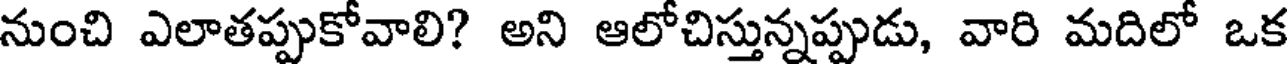
నుంచి ఎలాతప్పుకోవాలి? అని ఆలోచిస్తున్నప్పుడు, వారి మదిలో ఒక